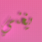
يغني